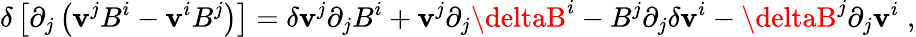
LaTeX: \delta\left[\partial_{j}\left(\mathbf{v}^{j}B^{i}-\mathbf{v}^{i}B^{j}\right)\right]=\delta\mathbf{v}^{j}\partial_{j}B^{i}+\mathbf{v}^{j}\partial_{j}\deltaB^{i}-B^{j}\partial_{j}\delta\mathbf{v}^{i}-\deltaB^{j}\partial_{j}\mathbf{v}^{i}\; ,